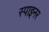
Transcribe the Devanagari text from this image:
स्पाइनर